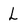
Character: L